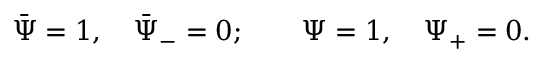
\bar { \Psi } = 1 , ~ ~ ~ \bar { \Psi } _ { - } = 0 ; \qquad \Psi = 1 , ~ ~ ~ \Psi _ { + } = 0 .